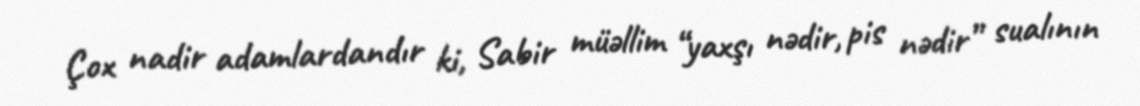
Çox nadir adamlardandır ki, Sabir müəllim “yaxşı nədir, pis nədir” sualının